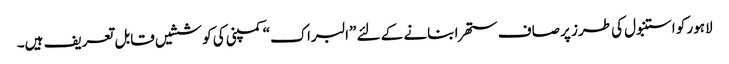
لاہور کو استنبول کی طرز پر صاف ستھرا بنانے کے لئے ”البراک“ کمپنی کی کوششیں قابل تعریف ہیں۔